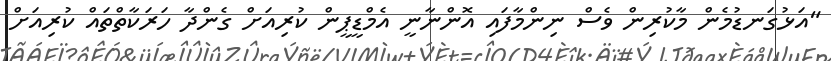
"އަޅުގަނޑުމެން މާކުރިން ވެސް ނިންމާފައި އޮންނާނީ އެމްޑީޕީން ކުރިއަށް ގެންދާ ހަރަކާތްތައް ކުރިއަށް